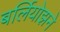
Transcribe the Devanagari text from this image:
बर्लियोझने